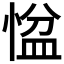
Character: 𢞂